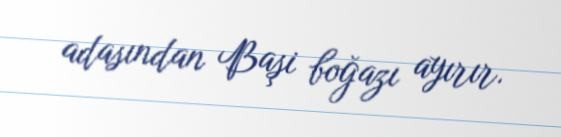
adasından Başi boğazı ayırır.